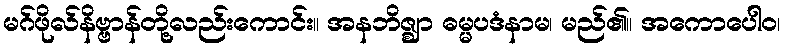
မဂ်ဖိုလ်နိဗ္ဗာန်တို့လည်းကောင်း။ အနဘိဇ္ဈာ ဓမ္မပဒံနာမ၊ မည်၏။ အကောပေါဝ၊